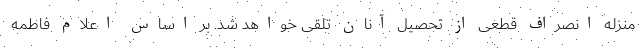
منزله انصراف قطعی از تحصیل آنان تلقی خواهد شد. بر اساس اعلام فاطمه